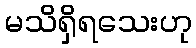
မသိရှိရသေးဟု